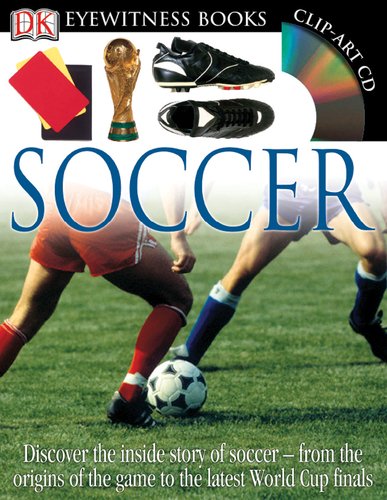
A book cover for Soccer (DK Eyewitness Books); Hugh Hornby; Children's Books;